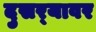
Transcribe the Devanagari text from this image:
दुसर्‍यावर